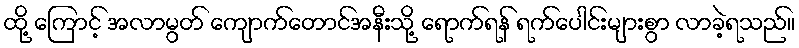
ထို့ ကြောင့် အလာမွတ် ကျောက်တောင်အနီးသို့ ရောက်ရန် ရက်ပေါင်းများစွာ လာခဲ့ရသည်။